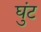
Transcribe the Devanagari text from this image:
घुंट